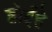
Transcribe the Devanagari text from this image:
होईहे